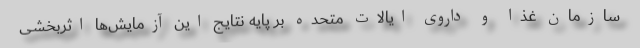
سازمان غذا و داروی ایالات متحده بر پایه نتایج این آزمایش‌ها اثربخشی